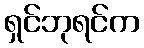
ရှင်ဘုရင်က